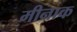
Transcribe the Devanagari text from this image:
मीनाक